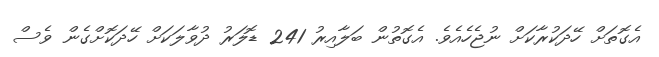
އެގޮތަށް ހޭދަކުރާކަށް ނުޖެހެއެވެ. އެގޮތުން ބަލާއިރު 241 ޑޮލަރު ދުވާލަކަށް ހޭދަކޮށްގެން ވެސް